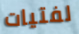
لفتيات